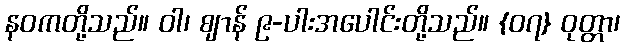
နဝကတို့သည်။ ဝါ၊ ဈာန် ၉-ပါးအပေါင်းတို့သည်။ {၀၇} ဝုတ္တာ၊